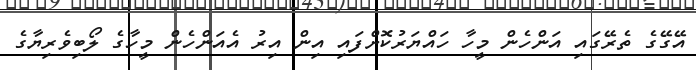
އޭގޭގެ ތެރޭގައި އަންހެން މީހާ ހައްޔަރުކޮށްފައި އިން އިރު އެއަންހެން މީހާގެ ލޯބިވެރިޔާގެ